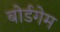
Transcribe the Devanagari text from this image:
बोर्डगेम